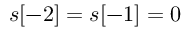
s [ - 2 ] = s [ - 1 ] = 0